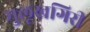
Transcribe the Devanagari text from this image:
मुलूखगिरी